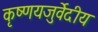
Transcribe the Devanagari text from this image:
कृष्णयजुर्वेदीय